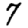
Digit: 7